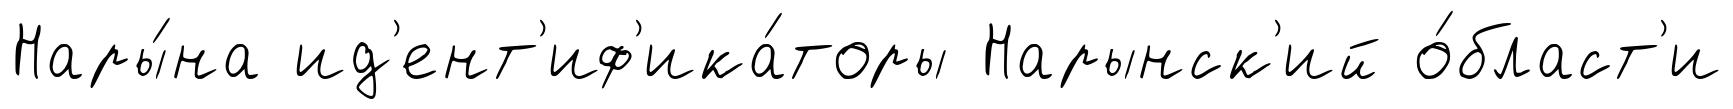
Нары́на ид'ент'иф'ика́торы Нарынск'ий о́бласт'и